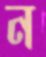
ন